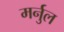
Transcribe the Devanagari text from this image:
मर्नुल